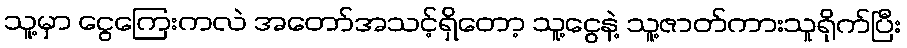
သူ့မှာ ငွေကြေးကလဲ အတော်အသင့်ရှိတော့ သူ့ငွေနဲ့ သူ့ဇာတ်ကားသူရိုက်ပြီး